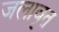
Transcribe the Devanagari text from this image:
जलावृत